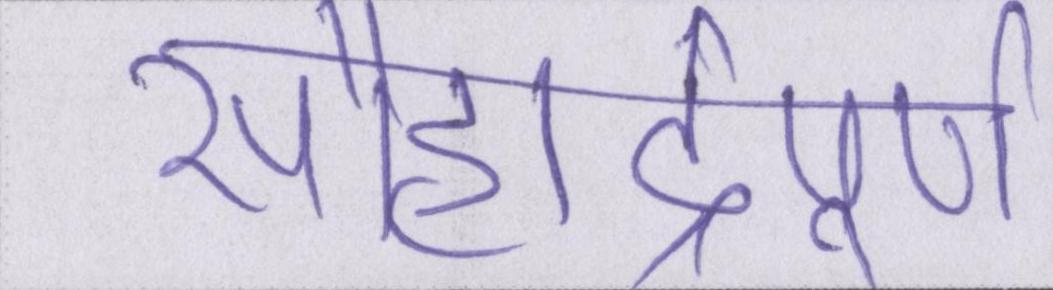
सौहार्द्रपूर्ण